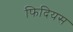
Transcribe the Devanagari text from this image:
फिदियस